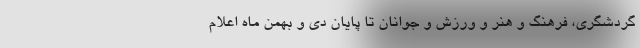
گردشگری، فرهنگ و هنر و ورزش و جوانان تا پایان دی و بهمن ماه اعلام